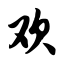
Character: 欢